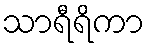
သာရီရိကာ